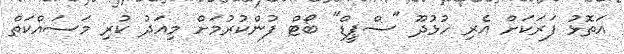
އަތޮޅު ފަރަަކަށް އެރި ހުޅުދޫ "ސްޕީޑް" ބޯޓް ފުންކުރުމަށް މިއަދު ކުރި މަސައްކަތް